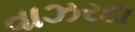
વાઝરદા